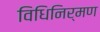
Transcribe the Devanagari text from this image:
विधिनिर्मण